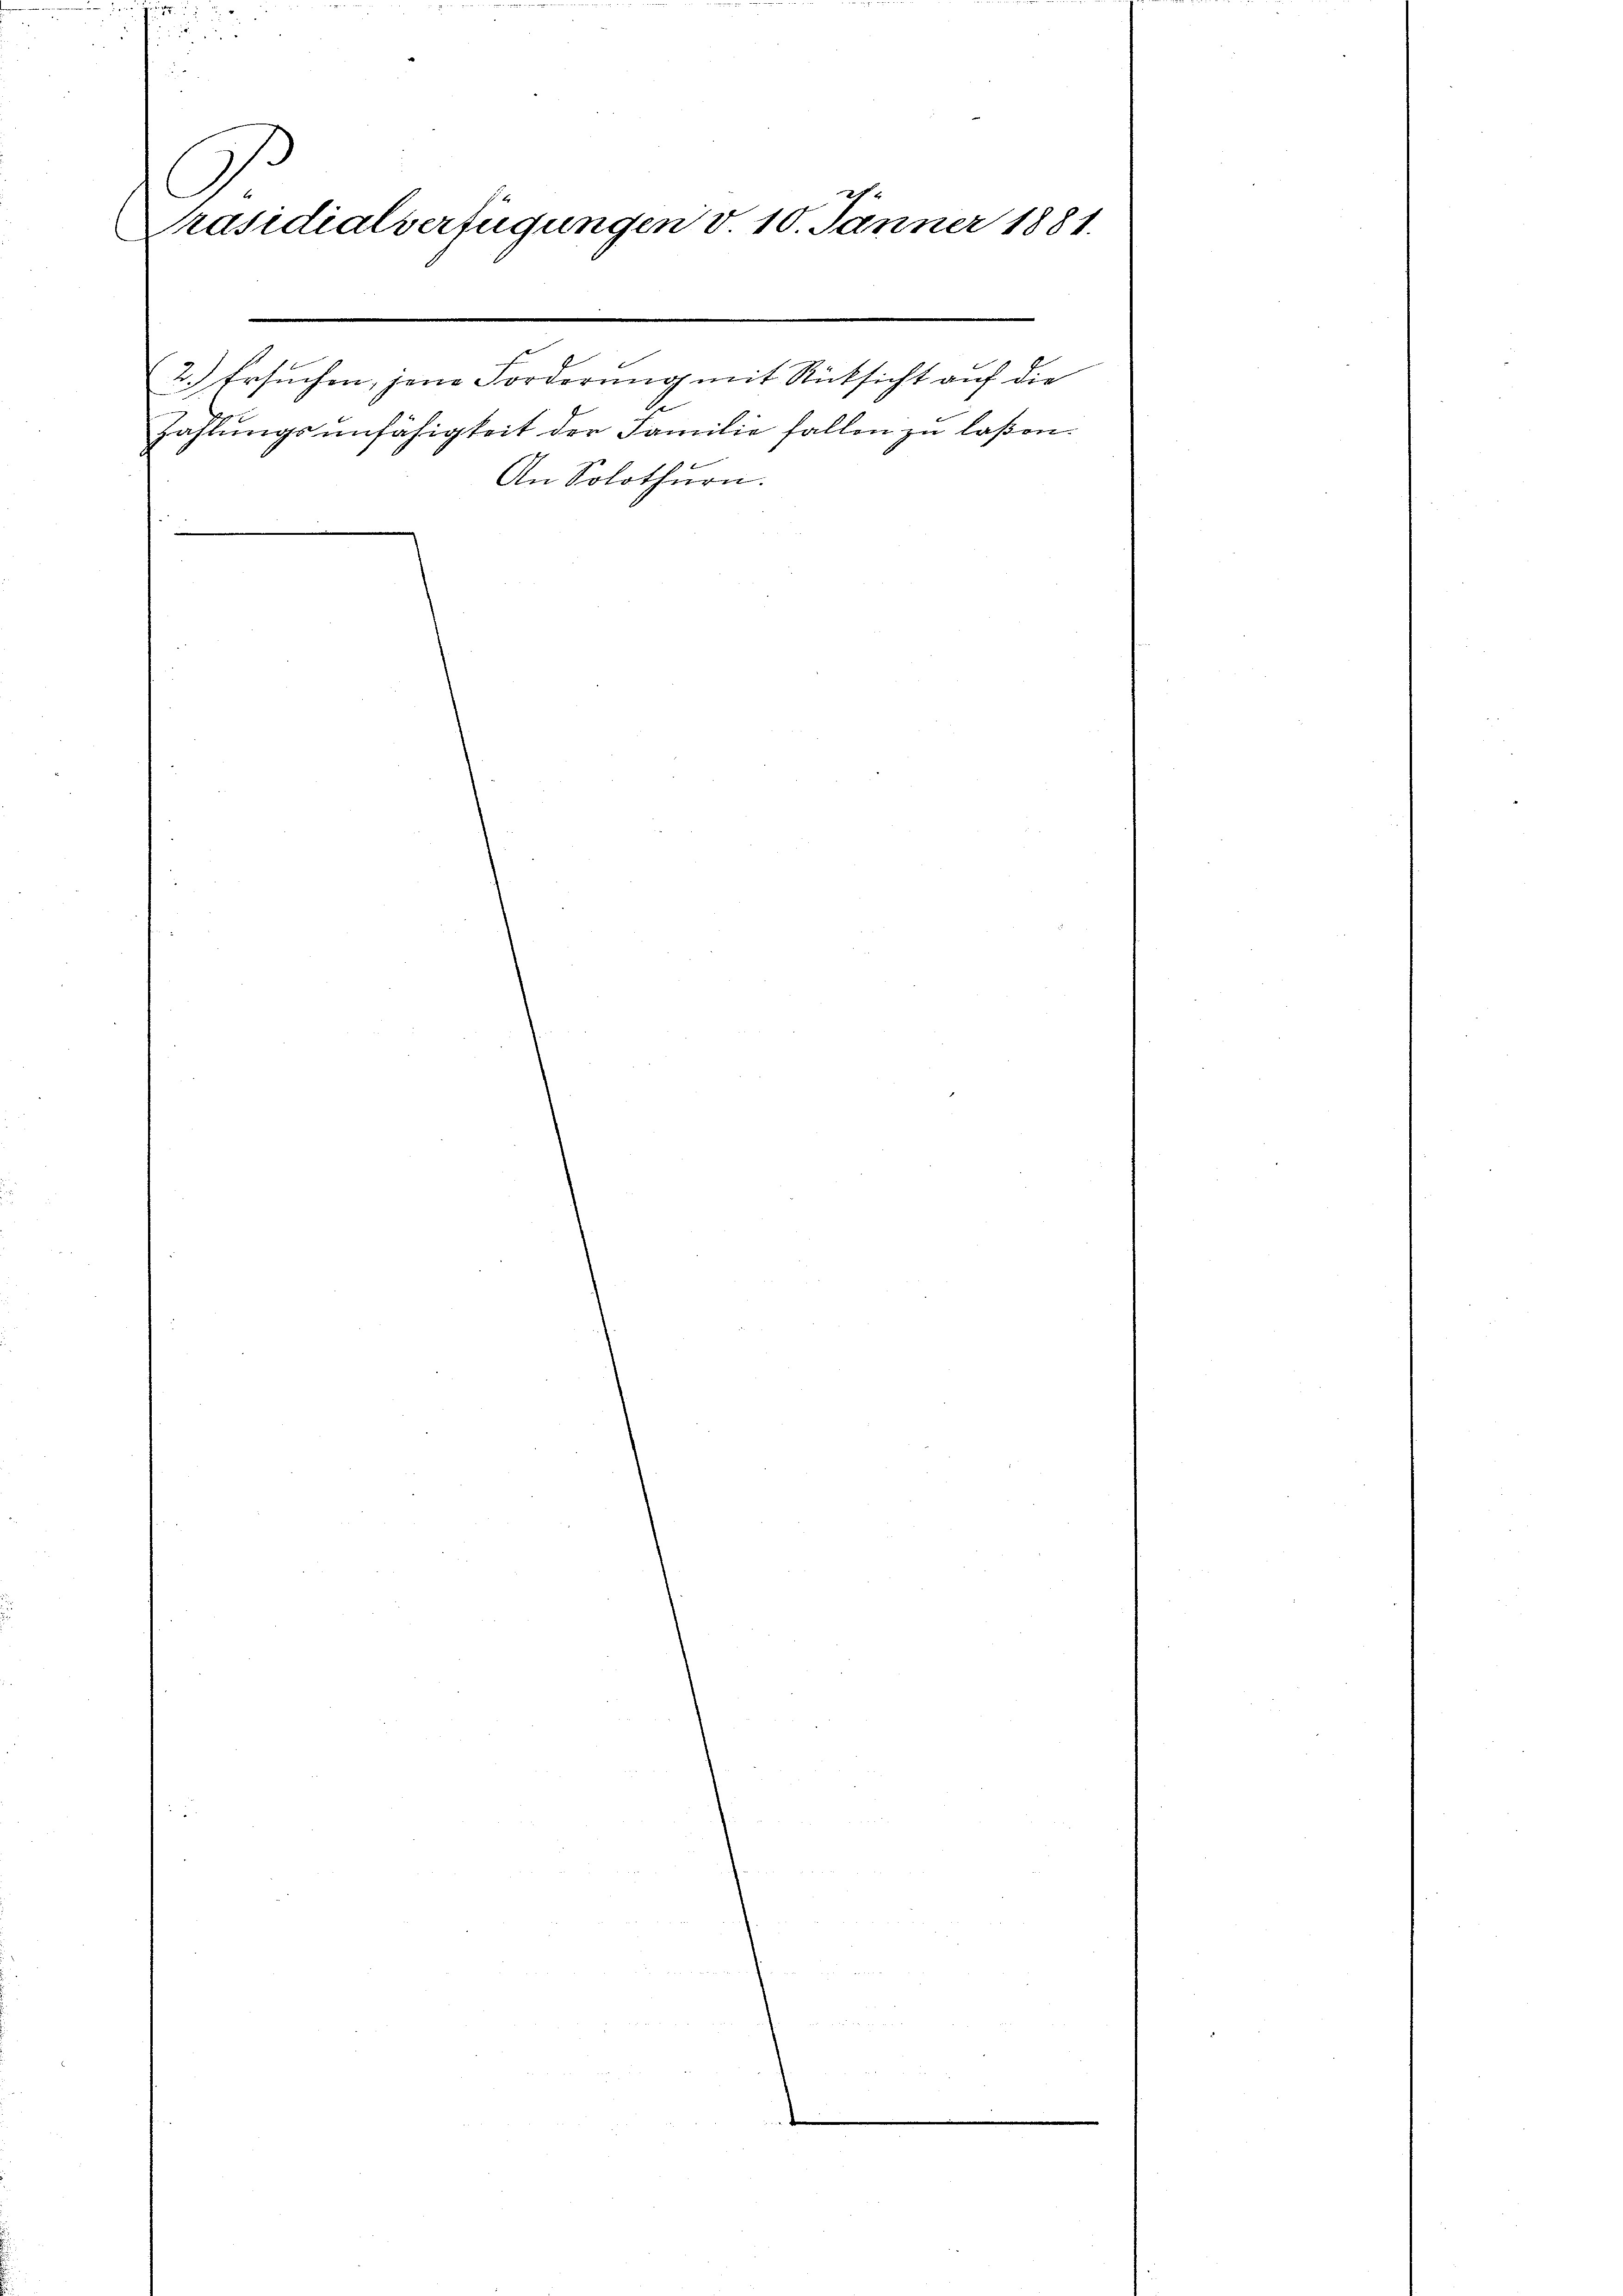
2
Präsidialverfügungen v. 10. Jänner 1881.

l

2.) Ersuchen, jene Forderung mit Rücksicht auf die
Zahlungsunfähigkeit der Familie fallen zu laßen.
An Solothurn.

e